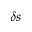
\delta s